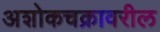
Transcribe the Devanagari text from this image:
अशोकचक्रावरील